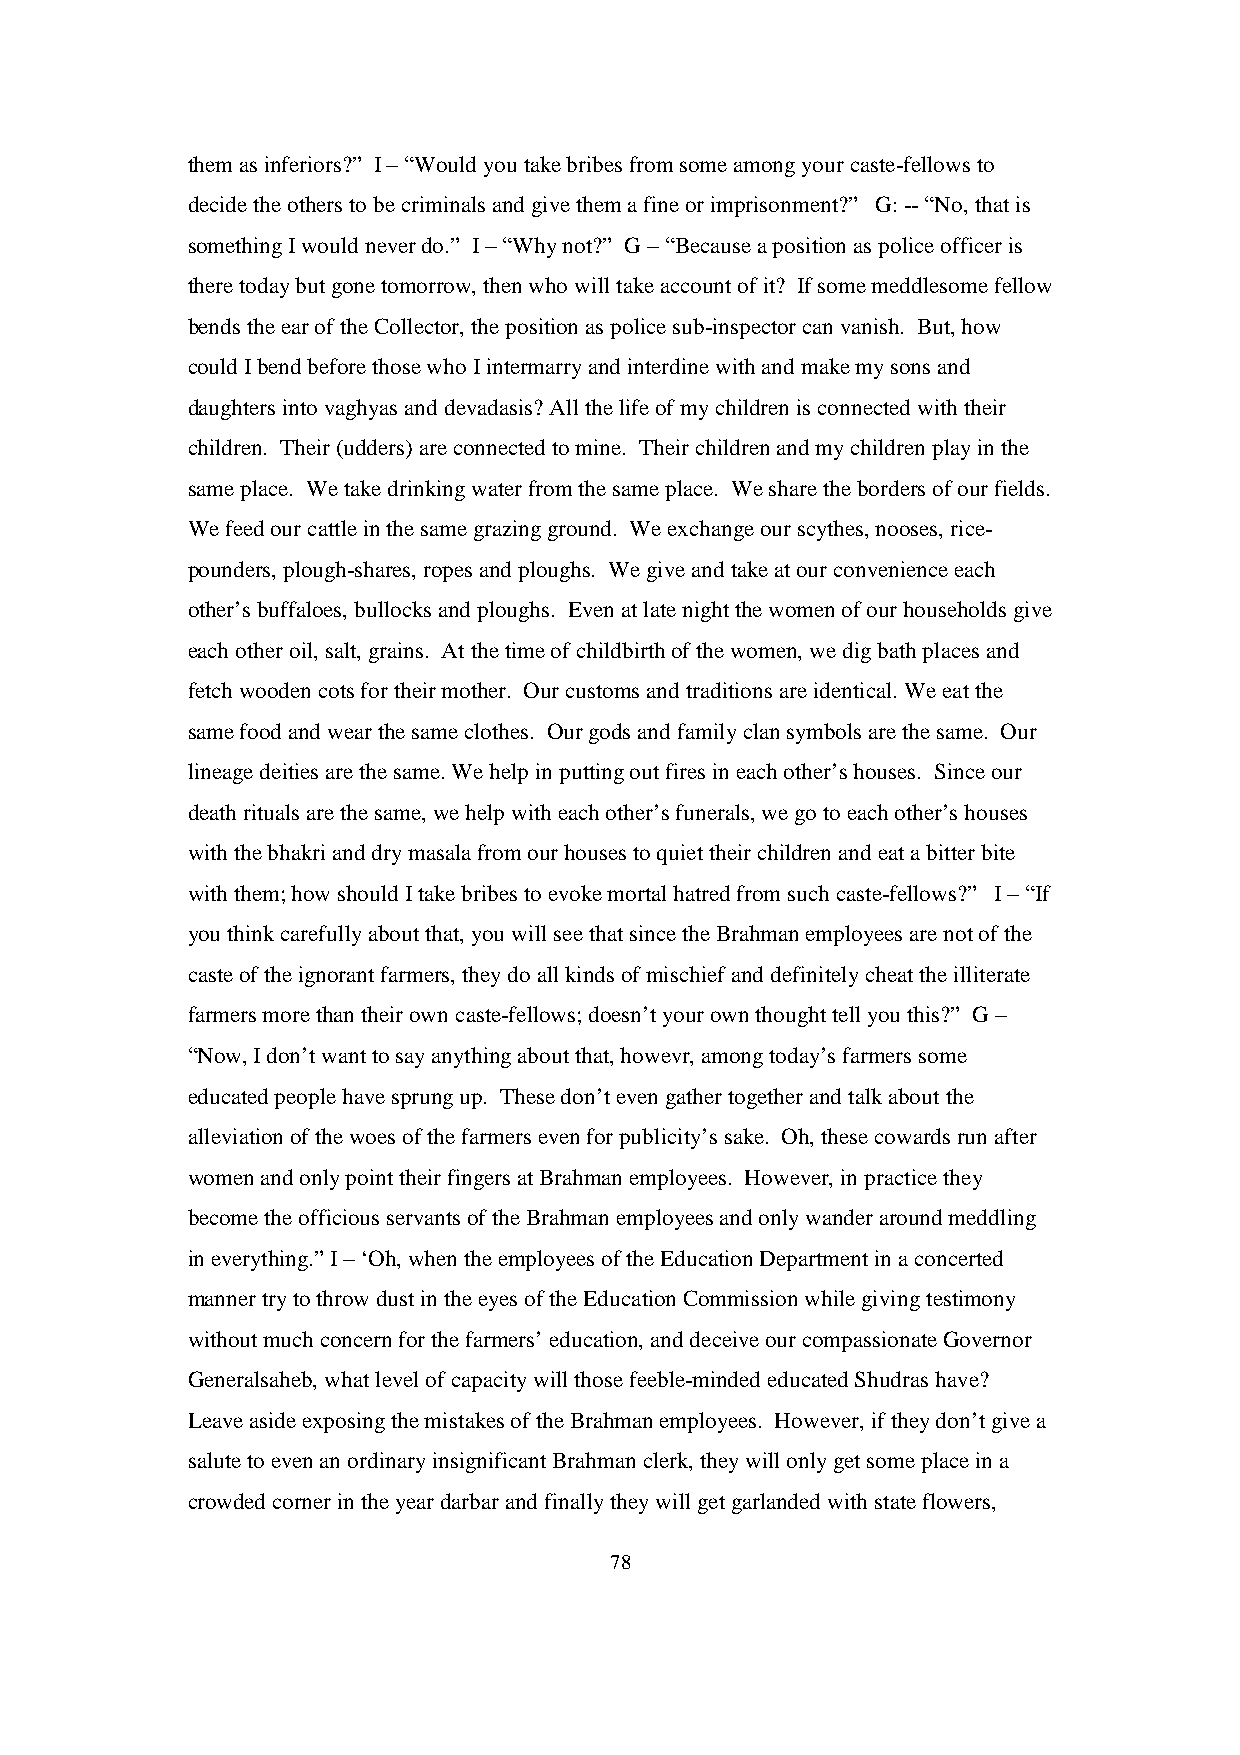
them as inferiors?” I – “Would you take bribes from some among your caste-fellows to
 decide the others to be criminals and give them a fine or imprisonment?” G: -- “No, that is
 something I would never do.” I – “Why not?” G – “Because a position as police officer is
 there today but gone tomorrow, then who will take account of it? If some meddlesome fellow
 bends the ear of the Collector, the position as police sub-inspector can vanish. But, how
 could I bend before those who I intermarry and interdine with and make my sons and
 daughters into vaghyas and devadasis? All the life of my children is connected with their
 children. Their (udders) are connected to mine. Their children and my children play in the
 same place. We take drinking water from the same place. We share the borders of our fields.
 We feed our cattle in the same grazing ground. We exchange our scythes, nooses, rice-
 pounders, plough-shares, ropes and ploughs. We give and take at our convenience each
 other’s buffaloes, bullocks and ploughs. Even at late night the women of our households give
 each other oil, salt, grains. At the time of childbirth of the women, we dig bath places and
 fetch wooden cots for their mother. Our customs and traditions are identical. We eat the
 same food and wear the same clothes. Our gods and family clan symbols are the same. Our
 lineage deities are the same. We help in putting out fires in each other’s houses. Since our
 death rituals are the same, we help with each other’s funerals, we go to each other’s houses
 with the bhakri and dry masala from our houses to quiet their children and eat a bitter bite
 with them; how should I take bribes to evoke mortal hatred from such caste-fellows?” I – “If
 you think carefully about that, you will see that since the Brahman employees are not of the
 caste of the ignorant farmers, they do all kinds of mischief and definitely cheat the illiterate
 farmers more than their own caste-fellows; doesn’t your own thought tell you this?” G –
 “Now, I don’t want to say anything about that, howevr, among today’s farmers some
 educated people have sprung up. These don’t even gather together and talk about the
 alleviation of the woes of the farmers even for publicity’s sake. Oh, these cowards run after
 women and only point their fingers at Brahman employees. However, in practice they
 become the officious servants of the Brahman employees and only wander around meddling
 in everything.” I – ‘Oh, when the employees of the Education Department in a concerted
 manner try to throw dust in the eyes of the Education Commission while giving testimony
 without much concern for the farmers’ education, and deceive our compassionate Governor
 Generalsaheb, what level of capacity will those feeble-minded educated Shudras have?
 Leave aside exposing the mistakes of the Brahman employees. However, if they don’t give a
 salute to even an ordinary insignificant Brahman clerk, they will only get some place in a
 crowded corner in the year darbar and finally they will get garlanded with state flowers,
 78